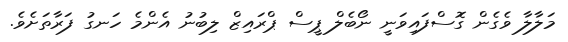
މަލާލާ ވެގެން ގޮސްފައިވަނީ ނޯބެލް ޕީސް ޕްރައިޒް ލިބުނު އެންމެ ހަނގު ފަރާތަށެވެ.